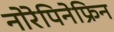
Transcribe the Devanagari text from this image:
नोरेपिनेफ्रिन